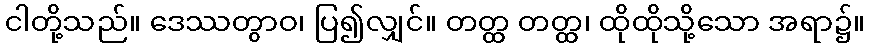
ငါတို့သည်။ ဒေဿတွာဝ၊ ပြ၍လျှင်။ တတ္ထ တတ္ထ၊ ထိုထိုသို့သော အရာ၌။